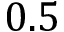
0 . 5